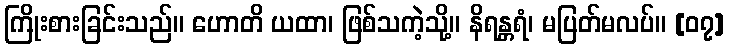
ကြိုးစားခြင်းသည်။ ဟောတိ ယထာ၊ ဖြစ်သကဲ့သို့။ နိရန္တရံ၊ မပြတ်မလပ်။ [၀၇]